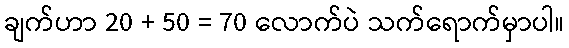
ချက်ဟာ 20 + 50 = 70 လောက်ပဲ သက်ရောက်မှာပါ။